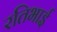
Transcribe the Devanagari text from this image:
रतिभाई